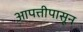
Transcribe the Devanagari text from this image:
आपत्तीपासून